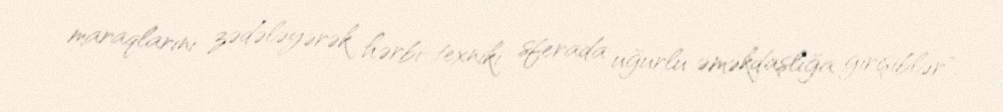
maraqlarını zədələyərək hərbi-texniki sferada uğurlu əməkdaşlığa girişiblər".